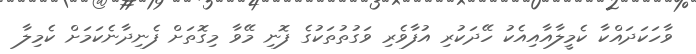
ވާހަކަދައްކާ ކެމީލާއާއިއެކު ހޭދަކުރި އުފާވެރި ވަގުތުތަކުގެ ފޮނި މޭވާ މިގޮތަށް ފެނިދާނެކަމަށް ކެމިލާ